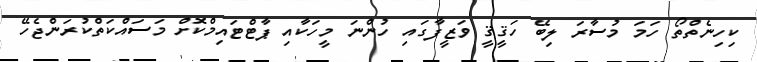
ކިހިނެތްތޯ ހަމަ މުސާރަ ލިބޭ ހަޤީޤީ ވަޒީފާގައި ހުންނަ މީހަކާއި ޕާޓްޓައިމްކޮށް މަސައްކަތްކުރަންޖެހޭ